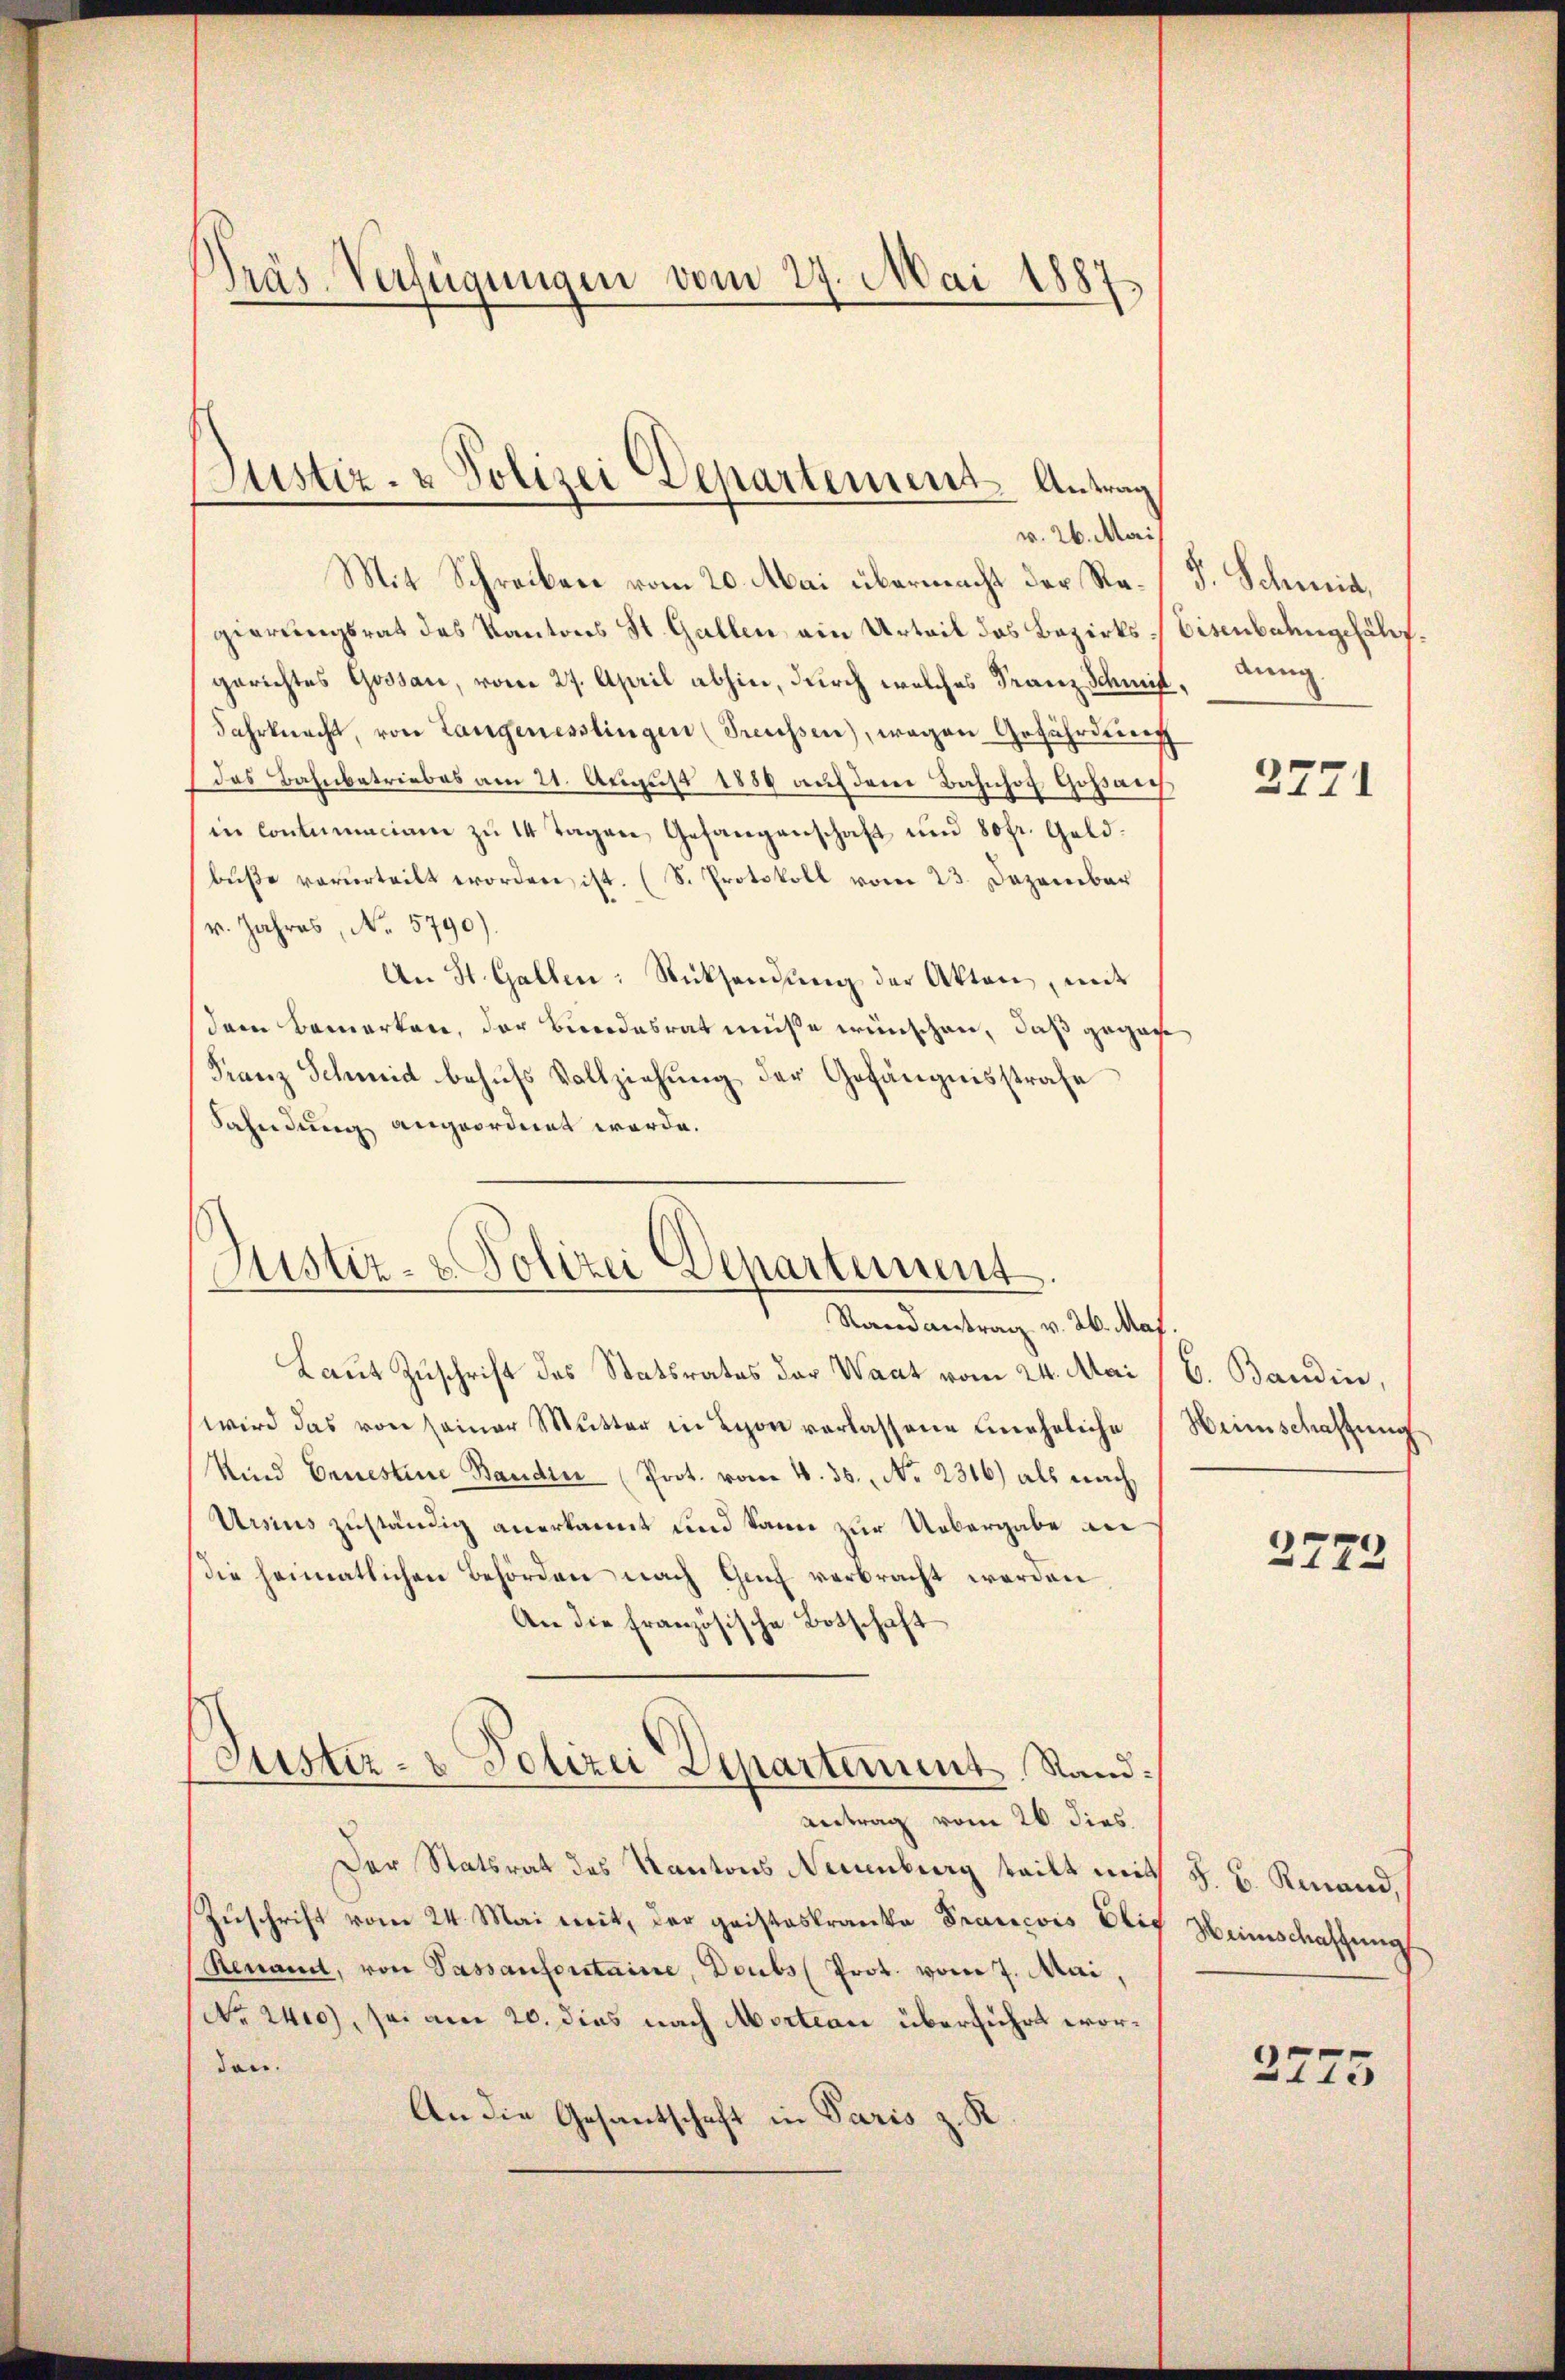
Präs. Verfügungen vom 27. Mai 1887

Mit Schreiben vom 20. Mai übermacht der Regierungsrat des Kantons St. Gallen ein Urteil das Bezirksgerichtes Gossau, vom 27. April abhin, durch welches Franz Schmit
Fahrknecht, von Langenesslingen (Preussen), wegen Gefährdung
das Bahnbetriebes am 21. August 1889 auf dem Bahnhof Goßau
in Contumaciam zu 14 Tagen Gefangenschaft und 80fr. Geldbuße verurteilt worden ist. (S. Protokoll vom 23. Dezember
r. Jahres, No. 5790).
An St. Gallen: Rücksendung der Akten, mit
dem Bemerken, der Bundesrat müße wünschen, daß gegan¬
Franz Schmid behufs Vollziehung der Gefängnisstrafe
Sahndung angeordnet werde.
Randantrag v. 26. Maj.
Laut Zuschrift des Statsrates das Waat vom 24. Mai
wird das von seiner Mŭtter in Lyon verlassene mehrliche
Unnd Ernestine Bandin (Prot. vom 4. 55. No 2316) als nach
Urius zuständig anerkannt und kann zur Uebergabe an
die heimatlichen Behörden nach Genf verbracht werden
An die französische Botschaft
Justiz- & Polizei Departement, Stand:
Antrag vom 26. dies
Der Statsrat des Kantons Neuenburg teilt mit
Zuschrift vom 24. Mai mit, der geisteskranke Francois Blic
Renannt, von Passautoritaine, Doubs Prot. vom 7. Mai,
No. 2400), sei am 20. dies nach Morteau überführt worden.
An die Gesantschaft in Paris z. R.

Justiz- & Polizei Departement. Antrag
v. 26. Mai

Justiz- & Polizei Departement

F. Schmid,
Eisenbahngefährt.
dung
.

3771

b. Bandin,
Heimschaftung

2772

S. B. Rinand,
Weinschaffung
2275